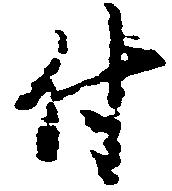
付